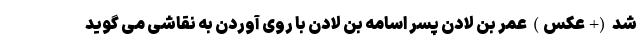
شد (+عکس) عمر بن لادن پسر اسامه بن لادن با روی آوردن به نقاشی می گوید